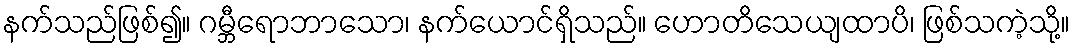
နက်သည်ဖြစ်၍။ ဂမ္ဘီရောဘာသော၊ နက်ယောင်ရှိသည်။ ဟောတိသေယျထာပိ၊ ဖြစ်သကဲ့သို့။